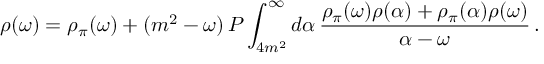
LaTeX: \rho ( \omega ) = \rho _ { \pi } ( \omega ) + ( m ^ { 2 } - \omega ) \, P \int _ { 4 m ^ { 2 } } ^ { \infty } d \alpha \, \frac { \rho _ { \pi } ( \omega ) \rho ( \alpha ) + \rho _ { \pi } ( \alpha ) \rho ( \omega ) } { \alpha - \omega } \, .